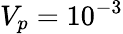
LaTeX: V_{p}=10^{-3}